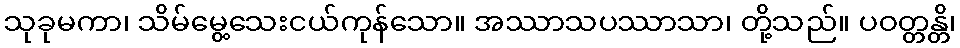
သုခုမကာ၊ သိမ်မွေ့သေးငယ်ကုန်သော။ အဿာသပဿာသာ၊ တို့သည်။ ပဝတ္တန္တိ၊